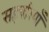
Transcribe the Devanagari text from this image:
सहचरियाँ